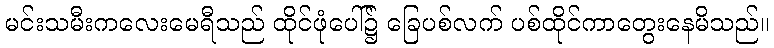
မင်းသမီးကလေးမေရီသည် ထိုင်ဖုံပေါ်၌ ခြေပစ်လက် ပစ်ထိုင်ကာတွေးနေမိသည်။